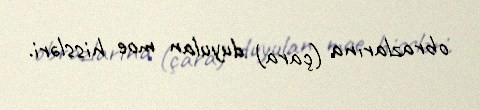
obrazlarına (çara) duyulan moe hissləri.